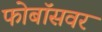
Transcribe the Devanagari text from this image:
फोबॉसवर